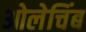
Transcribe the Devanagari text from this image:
ओलेचिंब